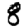
Digit: 8